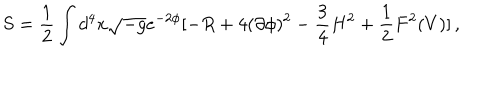
S = \frac { 1 } { 2 } \int d ^ { 4 } x \sqrt { - g } e ^ { - 2 \phi } [ - R + 4 ( \partial \phi ) ^ { 2 } - \frac { 3 } { 4 } H ^ { 2 } + \frac { 1 } { 2 } F ^ { 2 } ( V ) ] \, ,